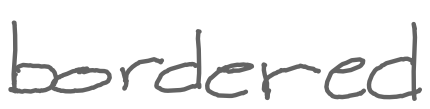
Text: bordered
Cross-out: clean
Writing tool: digital_gray